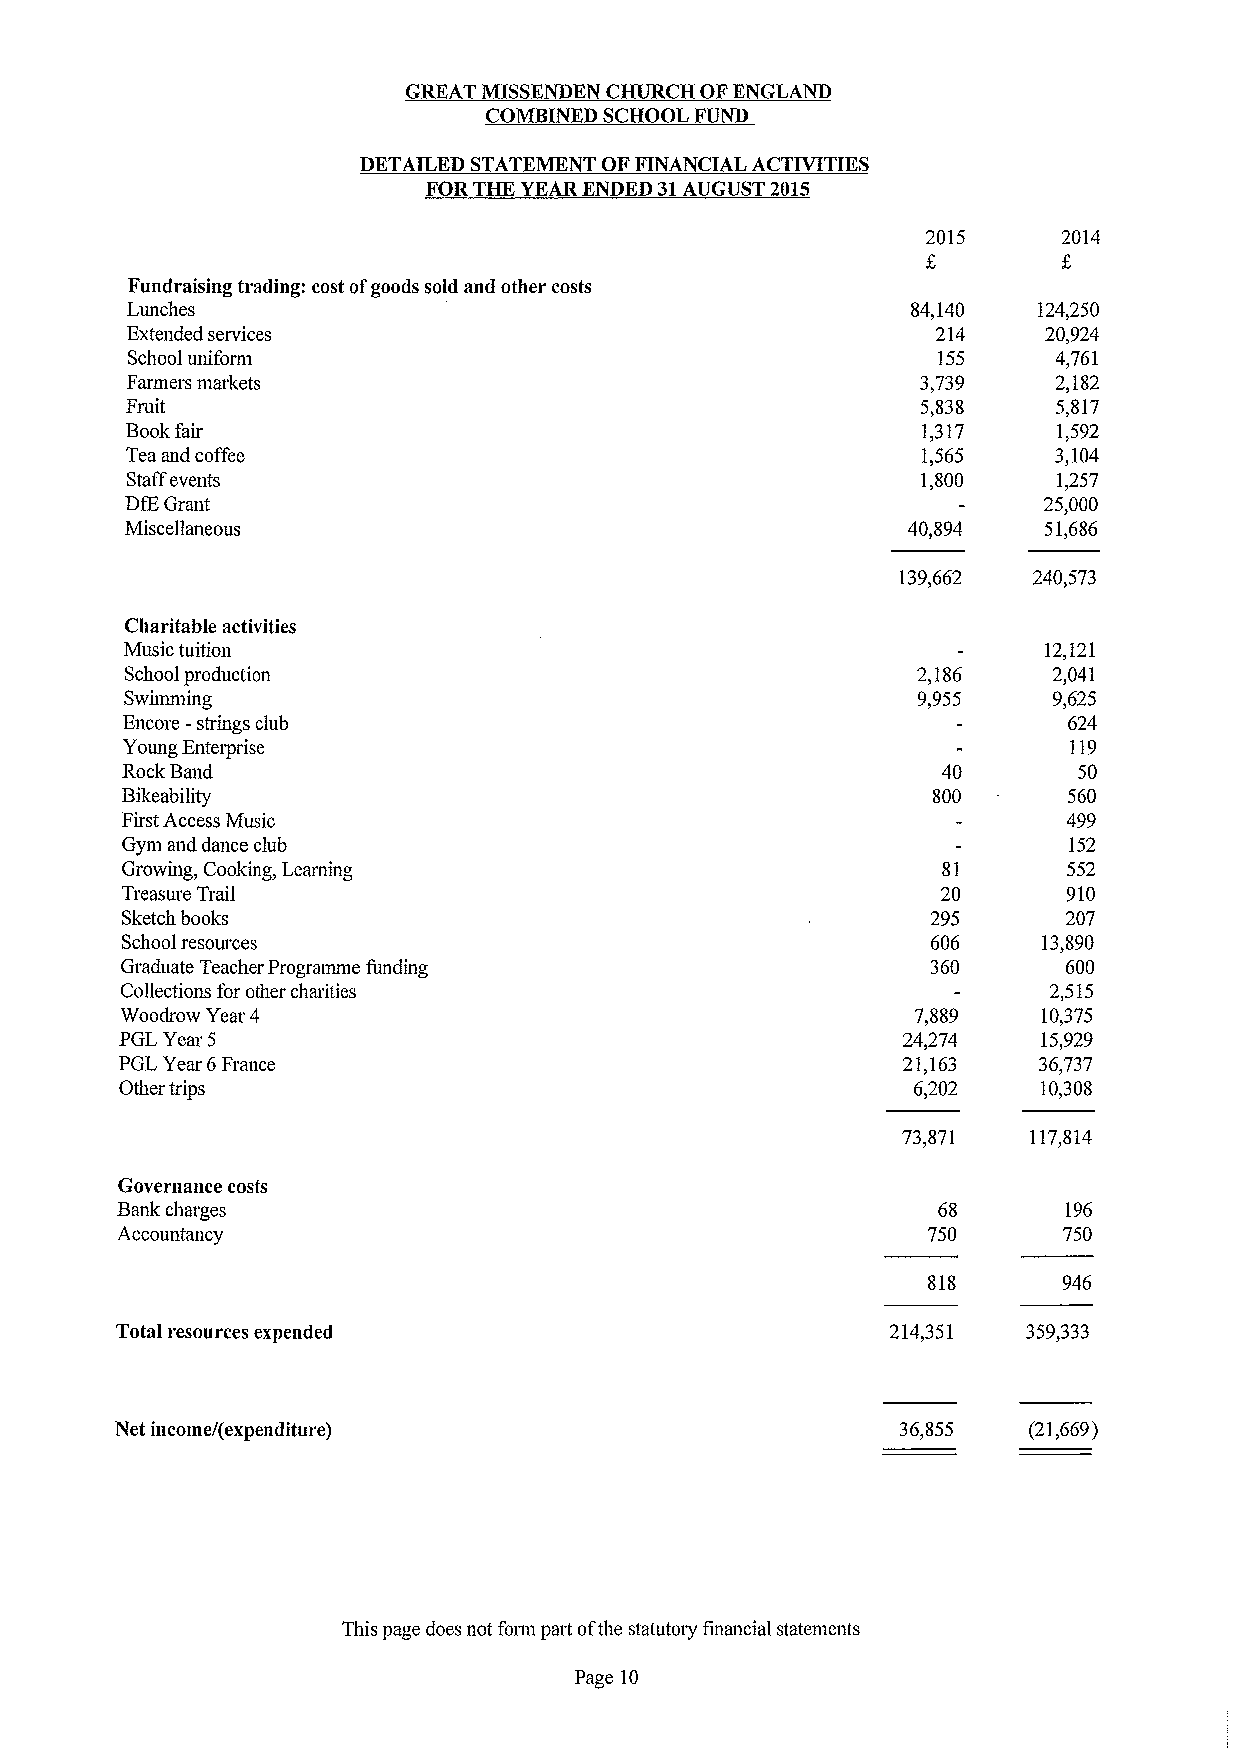
GREAT MISSENDEN CHURCH OFENGLAND
 COMBINED SCHOOL FUND
 DETAILED STATEMENT OFFINANCIAL ACTIVITIES
 FORTHE YEAR ENDED 31AUGUST 2015
 2015     2014
 Fundraising trading: cost ofgoods sold and other costs
 Lunches                                             84,140   124,250
 Extended services                                     214    20,924
 School uniform                                        155     4,761
 Farmers markets                                      3,739    2,182
 Fruit                                                5,838    5,817
 Bookfair                                             1,317    1,592
 Tea and coffee                                       1,565    3,104
 Staffevents                                          1,800    1,257
 DfEGrant                                                     25,000
 Miscellaneous                                       40,894   51,686
 139,662  240,573
 Charitable activities
 Music tuition                                                12,121
 School production                                    2,186    2,041
 Swnnming                                             9,955    9,625
 Encore -strings club                                           624
 Young Enterprise                                               119
 RockBand                                              40       50
 Bikeability                                           800      560
 First Access Music                                             499
 Gym and dance club                                             152
 Growing, Cooking, Learning                            81       552
 Treasure Trail                                        20       910
 Sketch books                                          295      207
 School resources                                      606    13,890
 Graduate Teacher Programme funding                    360      600
 Collections for other charities                              2,515
 Woodrow Year 4                                       7,889   10,375
 PGL Year 5                                          24,274   15,929
 PGL Year 6France                                    21,163   36,737
 Other trips                                         6,202    10,308
 73,871  117,814
 Governance costs
 Bank charges                                          68      196
 Accountancy                                          750      750
 818      946
 Total resources expended                           214,351  359,333
 Net income/(expenditure)                           36,855   (21,669)
 This page does not form part ofthe statutory financial statements
 Page 10